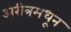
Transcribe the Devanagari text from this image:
अरीत्रमधून